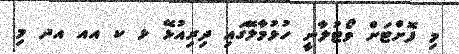
މި ފޮށްޓަށް ވޯޓުލާނީ ހުޅުމާލޭގައި ދިރިއުޅޭ ޅ ކ އއ އދ މި